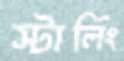
স্টার্লিং